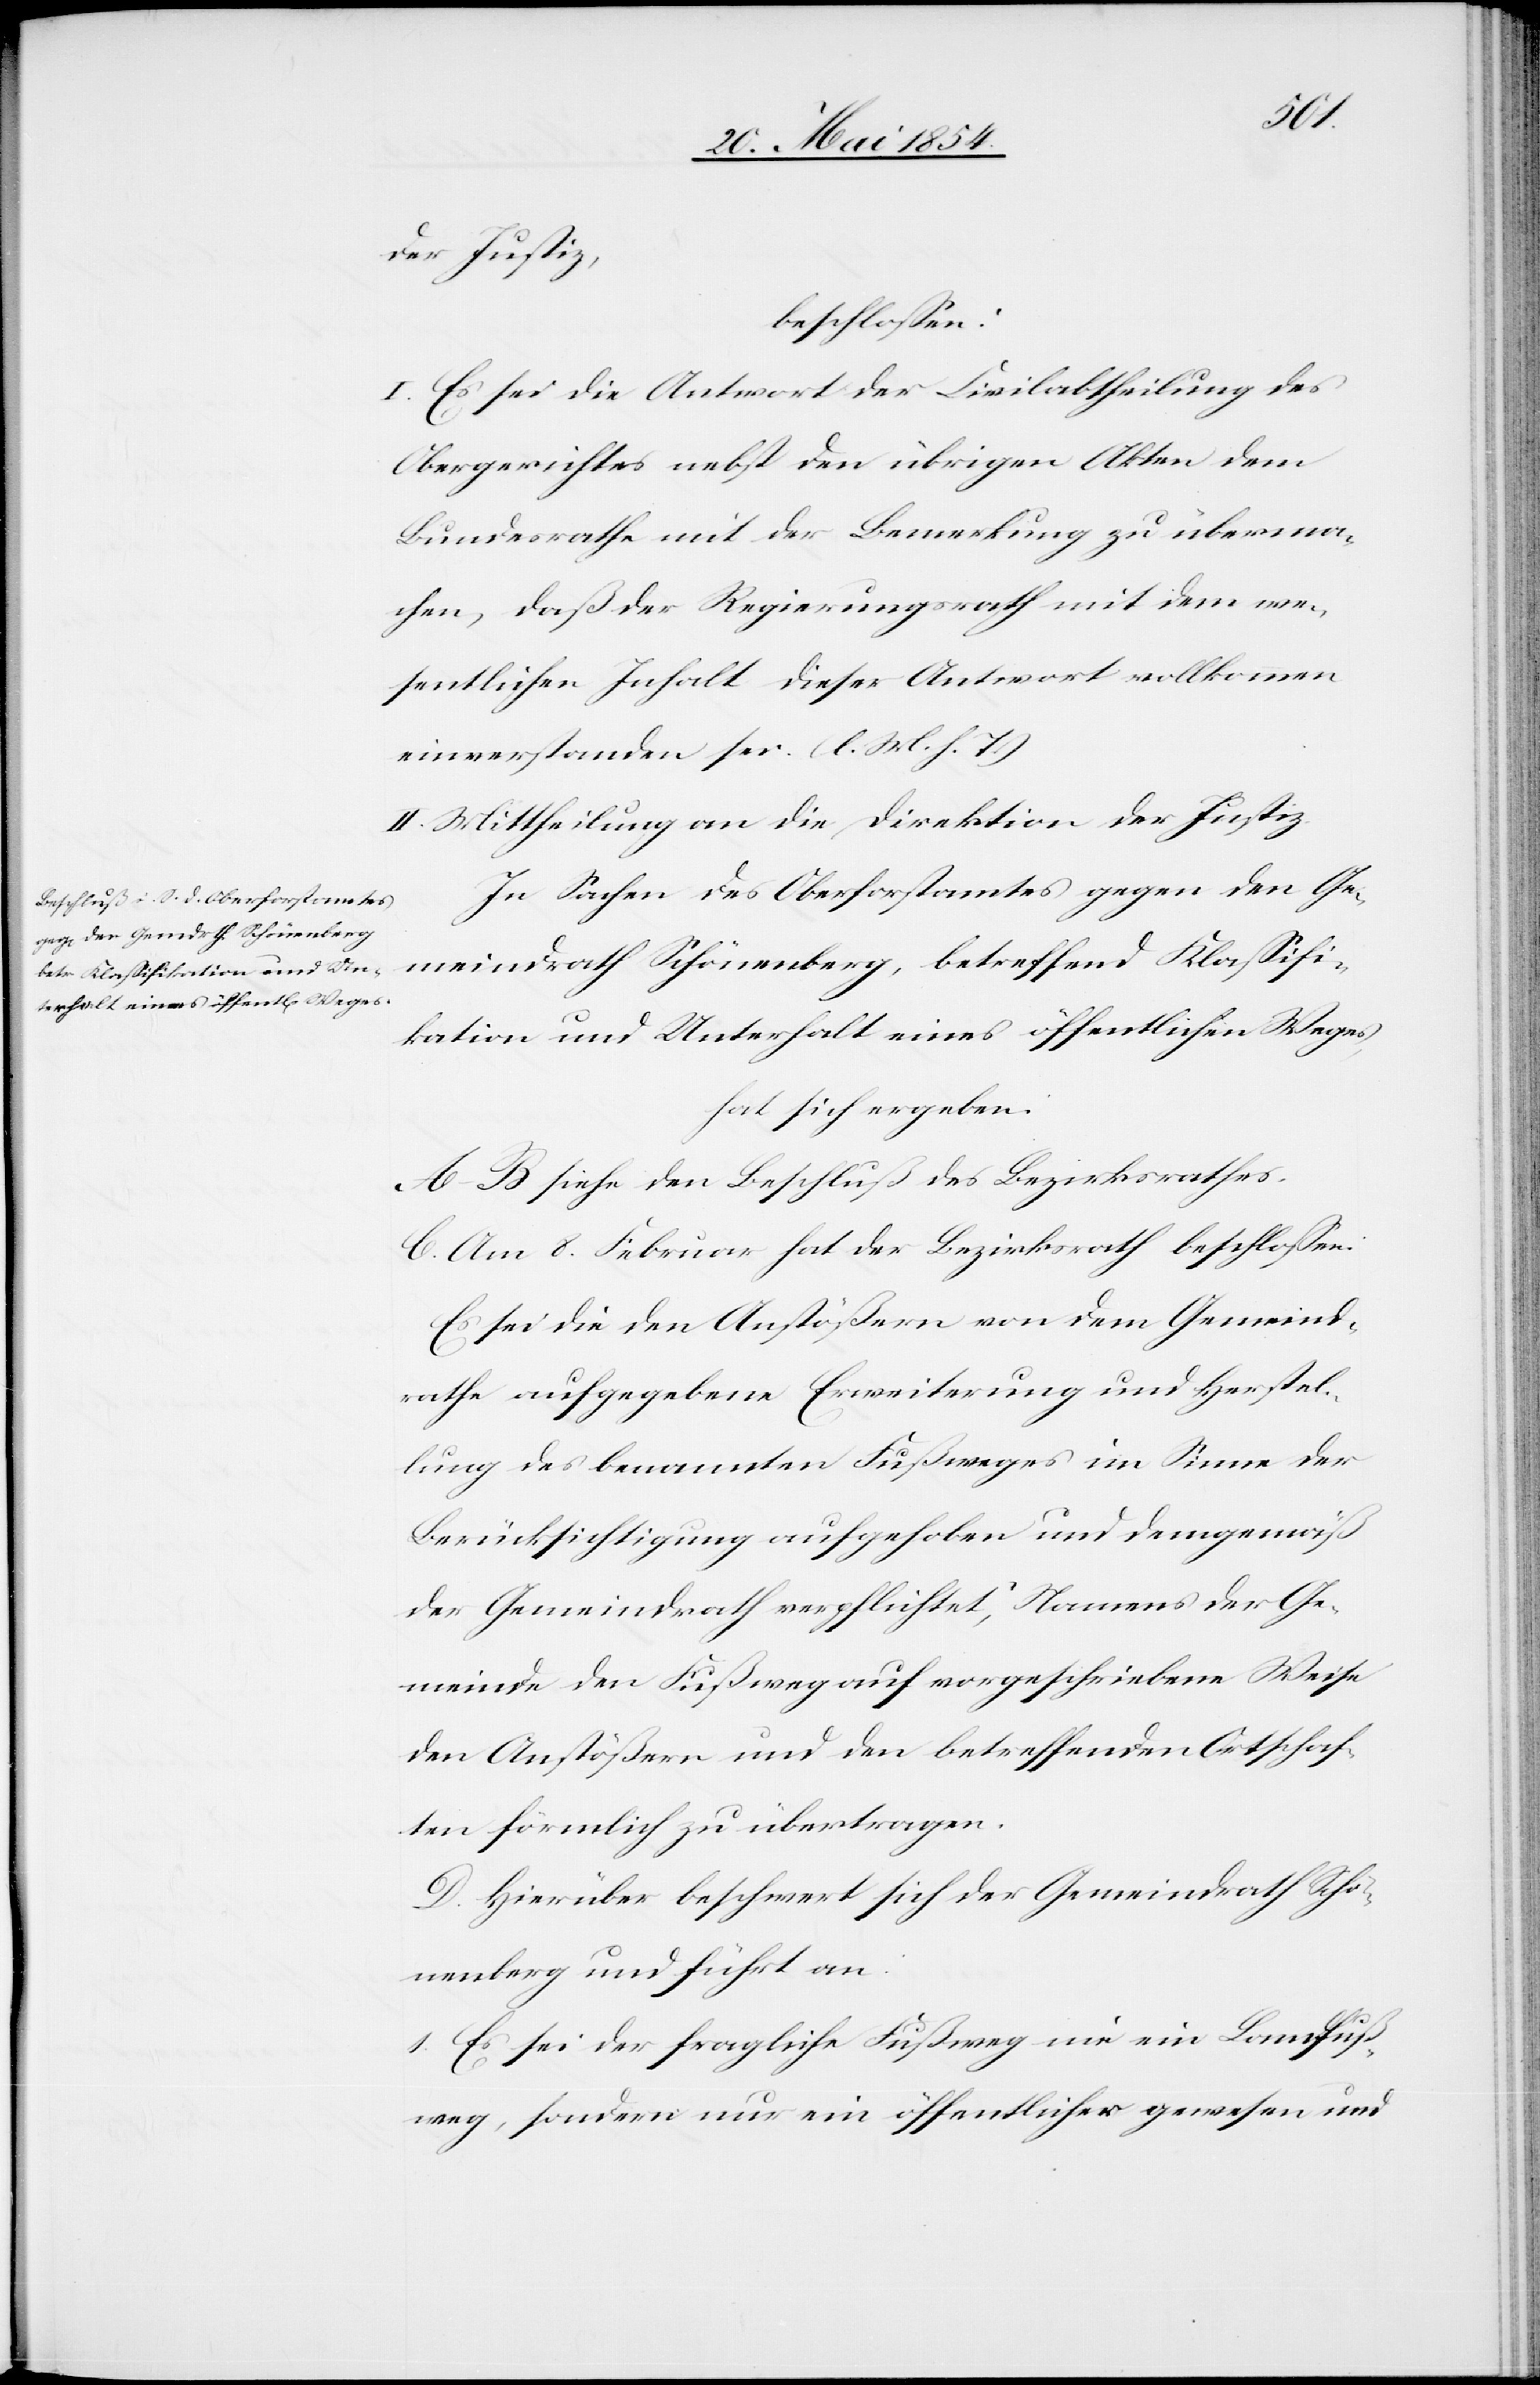
der Justiz,
beschloßen:
I. Es sei die Antwort der Civilabtheilung des
Obergerichtes nebst den übrigen Akten dem
Bundesrathe mit der Bemerkung zu überma¬
chen, daß der Regierungsrath mit dem we¬
sentlichen Inhalt dieser Antwort vollkommen
einverstanden sei. (l. M. h. T.)
II. Mittheilung an die Direktion der Justiz.
In Sachen des Oberforstamtes gegen den Ge¬
meindrath Schönenberg, betreffend Klaßifi¬
kation und Unterhalt eines öffentlichen Weges,
hat sich ergeben:
A.–B. siehe den Beschluß des Bezirksrathes .
C. Am 8. Februar hat der Bezirksrath beschloßen:
Es sei die den Anstößern von dem Gemeind¬
rathe aufgegebene Erweiterung und Herstel¬
lung des benannten Fußweges im Sinne der
Berücksichtigung aufgehoben und demgemäß
der Gemeindrath verpflichtet, Namens der Ge¬
meinde den Fußweg auf vorgeschriebene Weise
den Anstößern und den betreffenden Ortschaf¬
ten förmlich zu übertragen.
D. Hierüber beschwert sich der Gemeindrath Schö¬
nenberg und führt an:
1. Es sei der fragliche Fußweg nie ein Landfuß¬
weg, sondern nur ein öffentlicher gewesen und